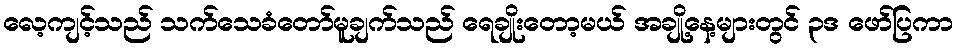
လေ့ကျင့်သည် သက်သေခံတော်မူချက်သည် ရေချိုးတော့မယ် အချို့နေ့များတွင် ၃ဒ ဖော်ပြကာ